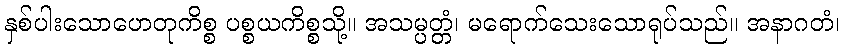
နှစ်ပါးသောဟေတုကိစ္စ ပစ္စယကိစ္စသို့။ အသမ္ပတ္တံ၊ မရောက်သေးသောရုပ်သည်။ အနာဂတံ၊